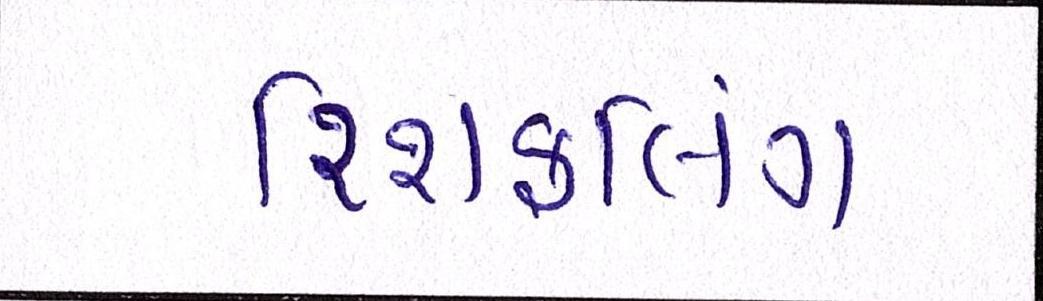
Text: રિશફલિંગ